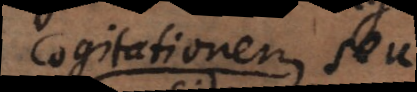
cogitationem de